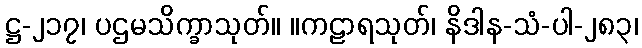
ဋ္ဌ-၂၁၇၊ ပဌမသိက္ခာသုတ်။ ။ကဠာရသုတ်၊ နိဒါန-သံ-ပါ-၂၈၃၊